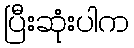
ပြီးဆုံးပါက